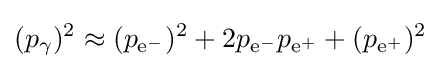
(p_{\gamma })^{2}\approx (p_{{\text{e}}^{-}})^{2}+2p_{{\text{e}}^{-}}p_{{\text{e}}^{+}}+(p_{{\text{e}}^{+}})^{2}